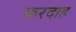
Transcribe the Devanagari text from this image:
करदाह